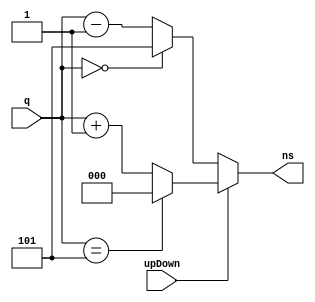
`timescale 1ns / 1ps
//////////////////////////////////////////////////////////////////////////////////
// Company: 
// 
// Design Name: 
// Module Name: upDownCounter
// Project Name: Lab1
// Target Devices: 
// Tool Versions: 
// Description: 
// 
// Dependencies: 
// 
// Revision:
// Revision 0.01 - File Created
// Additional Comments:
// 
//////////////////////////////////////////////////////////////////////////////////


module upDownCounter(
    
   
    q,
    upDown, //one for up and zero for down
    ns
    );
    input  upDown;
    input [2:0] q;
    output reg [2:0] ns;
    //reg[2:0] cnt = 0;

    always @(*)
    begin
        
       
//            if(upDown == 1) 
//                if (cnt == 5)
//                    cnt <= 0;
//                else
                    if (upDown == 1)
                        if (q ==5)
                            ns <= 0;
                        else
                            ns <= q +1;  //increment in up mode
                   else 
                        if (q == 0)
                            ns <=5;
                        else
                            ns <=q-1; //decrement in down mode
      end
      
      
endmodule